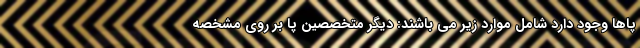
پاها وجود دارد شامل موارد زیر می باشند: دیگر متخصصین پا بر روی مشخصه